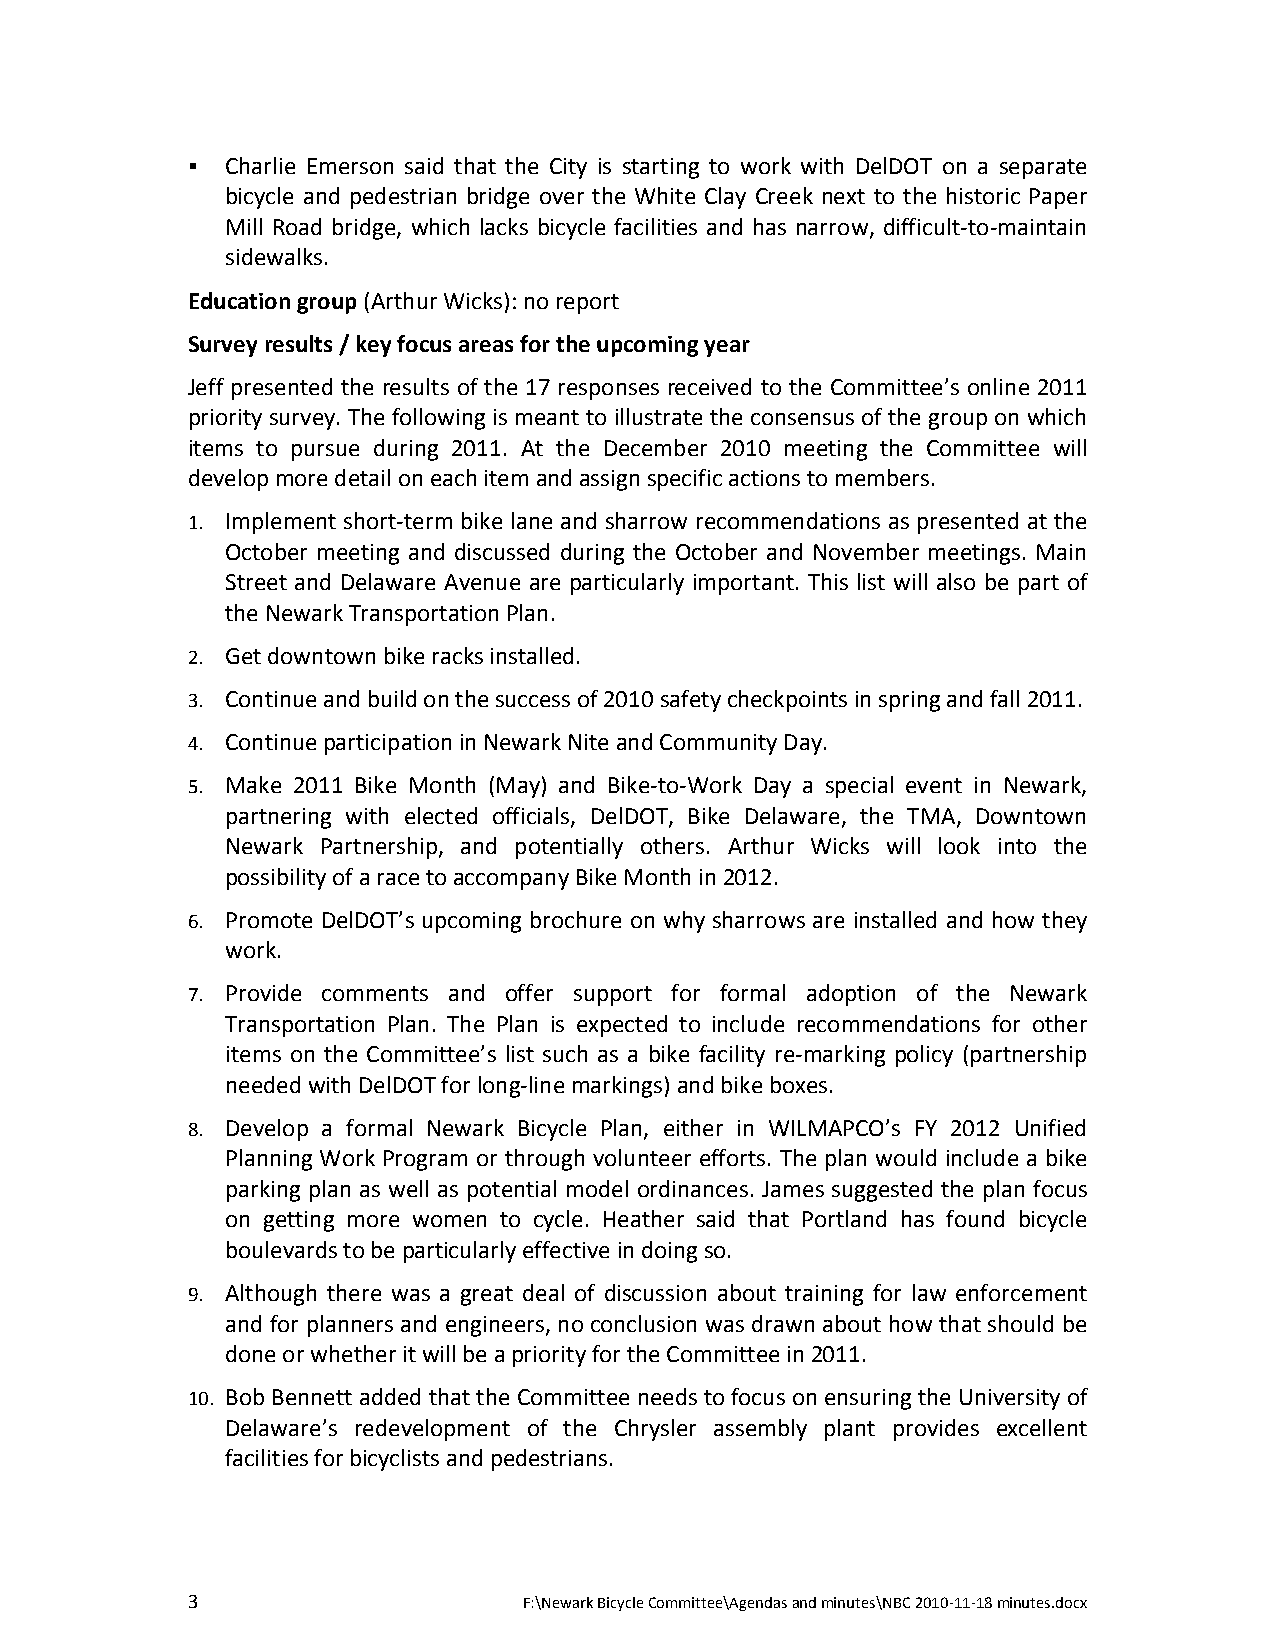
  Charlie Emerson said that the City is starting to work with DelDOT on a separate
 bicycle and pedestrian bridge over the White Clay Creek next to the historic Paper
 Mill Road bridge, which lacks bicycle facilities and has narrow, difficult‐to‐maintain
 sidewalks.
 Education group (Arthur Wicks): no report
 Survey results / key focus areas for the upcoming year
 Jeff presented the results of the 17 responses received to the Committee’s online 2011
 priority survey. The following is meant to illustrate the consensus of the group on which
 items to pursue during 2011. At the December 2010 meeting the Committee will
 develop more detail on each item and assign specific actions to members.
 1. Implement short‐term bike lane and sharrow recommendations as presented at the
 October meeting and discussed during the October and November meetings. Main
 Street and Delaware Avenue are particularly important. This list will also be part of
 the Newark Transportation Plan.
 2. Get downtown bike racks installed.
 3. Continue and build on the success of 2010 safety checkpoints in spring and fall 2011.
 4. Continue participation in Newark Nite and Community Day.
 5. Make 2011 Bike Month (May) and Bike‐to‐Work Day a special event in Newark,
 partnering with elected officials, DelDOT, Bike Delaware, the TMA, Downtown
 Newark Partnership, and potentially others. Arthur Wicks will look into the
 possibility of a race to accompany Bike Month in 2012.
 6. Promote DelDOT’s upcoming brochure on why sharrows are installed and how they
 work.
 7. Provide comments and offer support for formal adoption of the Newark
 Transportation Plan. The Plan is expected to include recommendations for other
 items on the Committee’s list such as a bike facility re‐marking policy (partnership
 needed with DelDOT for long‐line markings) and bike boxes.
 8. Develop a formal Newark Bicycle Plan, either in WILMAPCO’s FY 2012 Unified
 Planning Work Program or through volunteer efforts. The plan would include a bike
 parking plan as well as potential model ordinances. James suggested the plan focus
 on getting more women to cycle. Heather said that Portland has found bicycle
 boulevards to be particularly effective in doing so.
 9. Although there was a great deal of discussion about training for law enforcement
 and for planners and engineers, no conclusion was drawn about how that should be
 done or whether it will be a priority for the Committee in 2011.
 10. Bob Bennett added that the Committee needs to focus on ensuring the University of
 Delaware’s redevelopment of the Chrysler assembly plant provides excellent
 facilities for bicyclists and pedestrians.
 3                      F:\Newark Bicycle Committee\Agendas and minutes\NBC 2010‐11‐18 minutes.docx